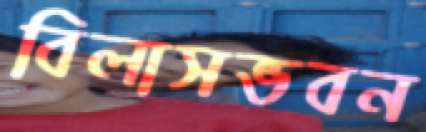
বিলাসভবন